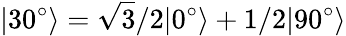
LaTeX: |30^{\circ}\rangle=\sqrt{3}/2|0^{\circ}\rangle+1/2|90^{\circ}\rangle